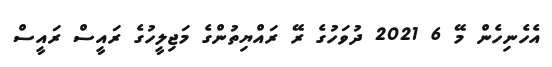
އެހެނިހެން މޭ 6 2021 ދުވަހުގެ ރޭ ރައްޔިތުންގެ މަޖިލީހުގެ ރައީސް ރައީސް